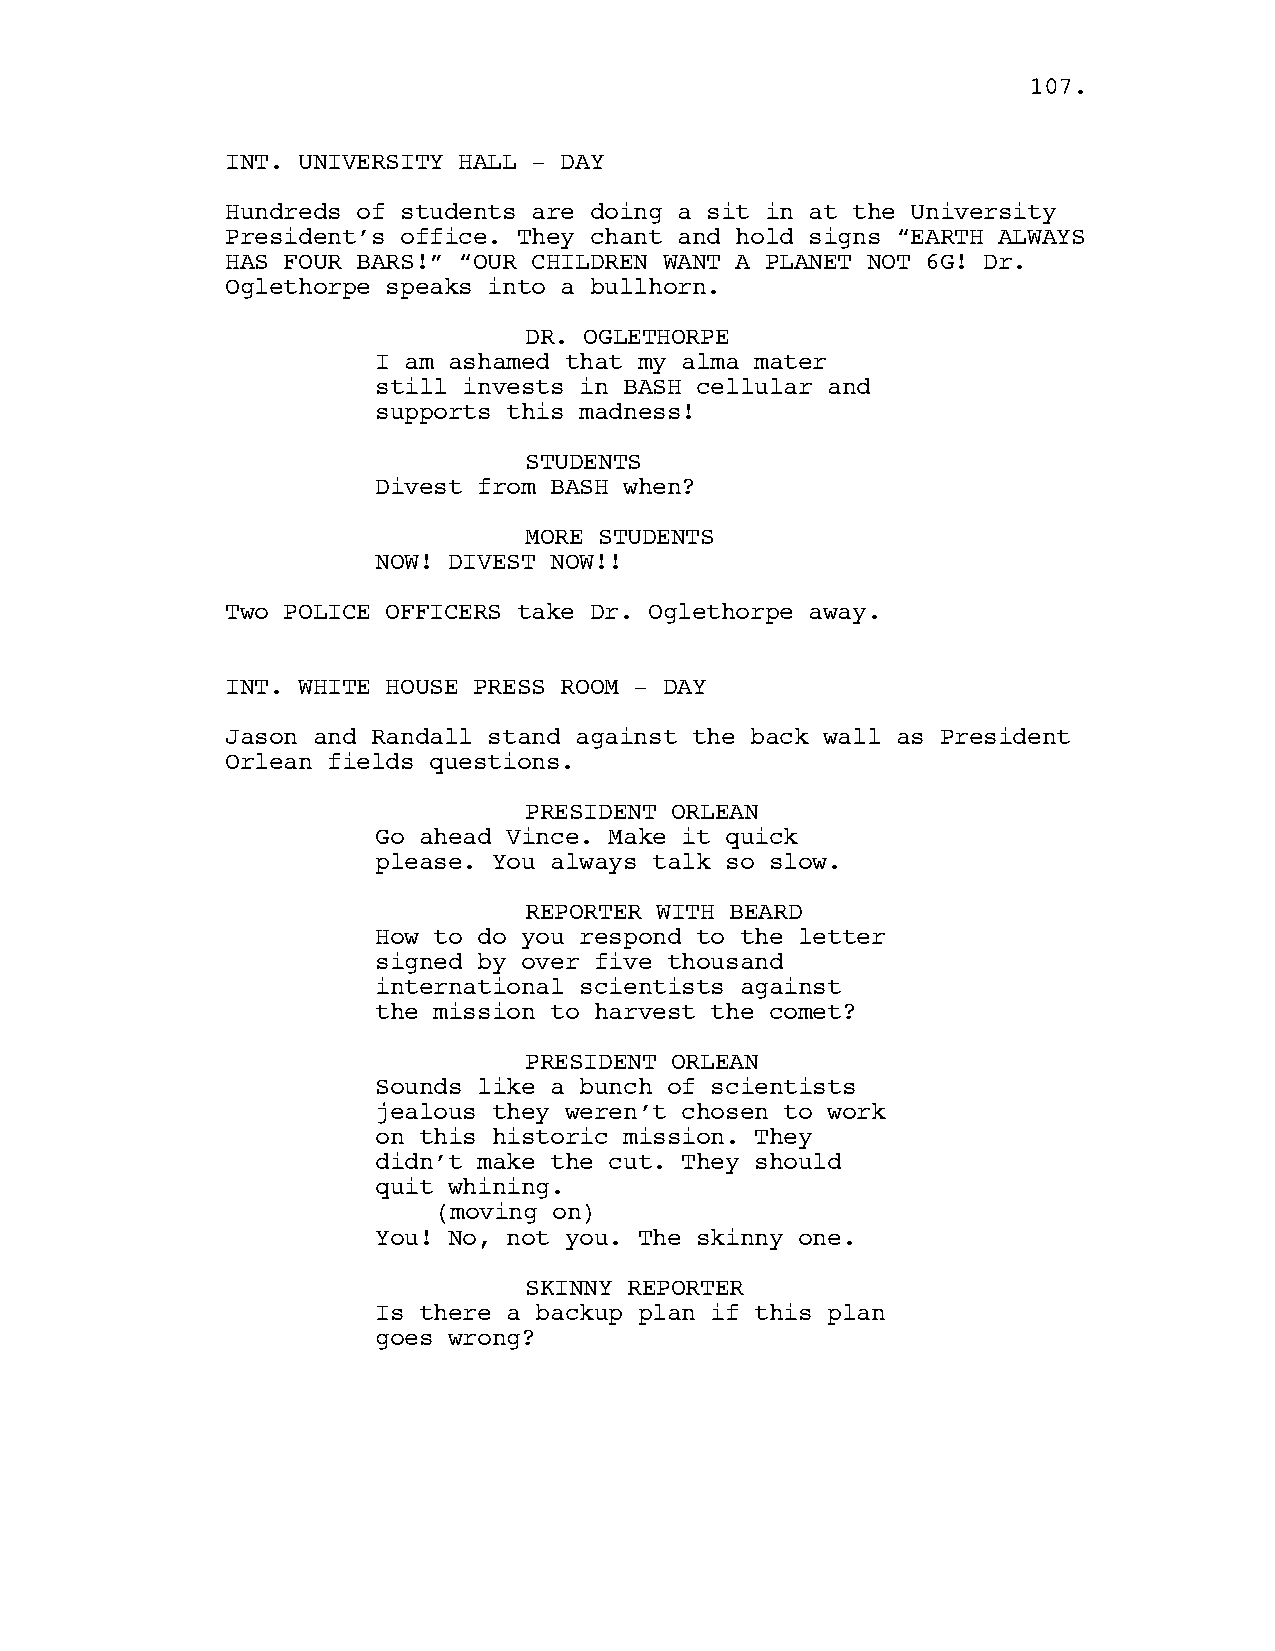
110077..
 INT. UNIVERSITY HALL - DAY
 Hundreds of students are doing a sit in at the University
 President’s office. They chant and hold signs “EARTH ALWAYS
 HAS FOUR BARS!” “OUR CHILDREN WANT A PLANET NOT 6G! Dr.
 Oglethorpe speaks into a bullhorn.
 DR. OGLETHORPE
 I am ashamed that my alma mater
 still invests in BASH cellular and
 supports this madness!
 STUDENTS
 Divest from BASH when?
 MORE STUDENTS
 NOW! DIVEST NOW!!
 Two POLICE OFFICERS take Dr. Oglethorpe away.
 INT. WHITE HOUSE PRESS ROOM - DAY
 Jason and Randall stand against the back wall as President
 Orlean fields questions.
 PRESIDENT ORLEAN
 Go ahead Vince. Make it quick
 please. You always talk so slow.
 REPORTER WITH BEARD
 How to do you respond to the letter
 signed by over five thousand
 international scientists against
 the mission to harvest the comet?
 PRESIDENT ORLEAN
 Sounds like a bunch of scientists
 jealous they weren’t chosen to work
 on this historic mission. They
 didn’t make the cut. They should
 quit whining.
 (moving on)
 You! No, not you. The skinny one.
 SKINNY REPORTER
 Is there a backup plan if this plan
 goes wrong?